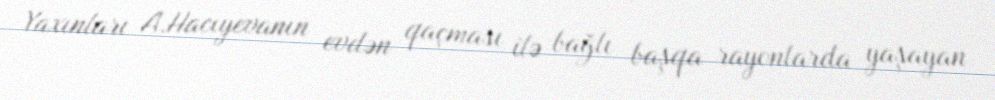
Yaxınları A.Hacıyevanın evdən qaçması ilə bağlı başqa rayonlarda yaşayan